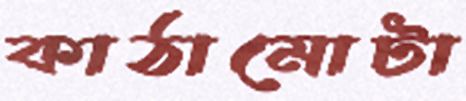
কাঠামোটা